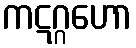
ကဋဂ္ဂဟော